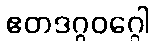
ဧတဒဂ္ဂဝဂ္ဂေါ